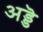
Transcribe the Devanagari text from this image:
अड्डॆ